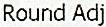
ROUND ADJ